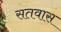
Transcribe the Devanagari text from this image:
सतवास